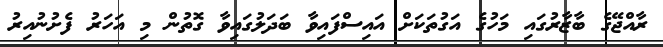
ރާއްޖޭގެ ބާޒާރުގައި މަހުގެ އަގުތަކަށް އައިސްފައިވާ ބަދަލުގައިވާ ގޮތުން މި އަހަރު ފެށުނުއިރު